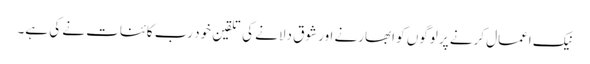
نیک اعمال کرنے پر لوگوں کو ابھارنے اور شوق دلانے کی تلقین خود رب کائنات نے کی ہے۔